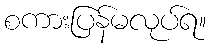
စကားပြန်မလုပ်ရ။